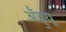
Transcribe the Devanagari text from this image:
ॲंड्र्यू